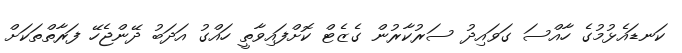
ކަނޑައެޅުމުގެ ހާއްސަ ގަވައިދު ސަރުކާރުން ގެޒެޓް ކޮށްފައިވާތީ ހައްގު އަދަބު ދޭންޖެހޭ ފަރާތްތަކަށް